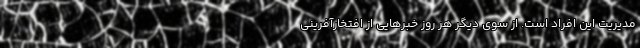
مدیریت این افراد است. از سوی دیگر هر روز خبرهایی از افتخارآفرینی